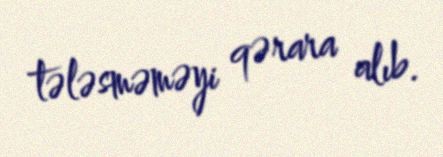
tələsməməyi qərara alıb.